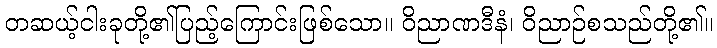
တဆယ့်ငါးခုတို့၏ပြည့်ကြောင်းဖြစ်သော။ ဝိညာဏဒီနံ၊ ဝိညာဉ်စသည်တို့၏။